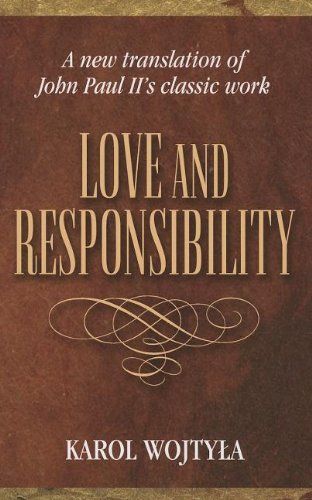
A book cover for Love and Responsibility; Karol Wojtyla; Christian Books & Bibles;